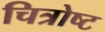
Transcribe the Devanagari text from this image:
चित्रोष्ट